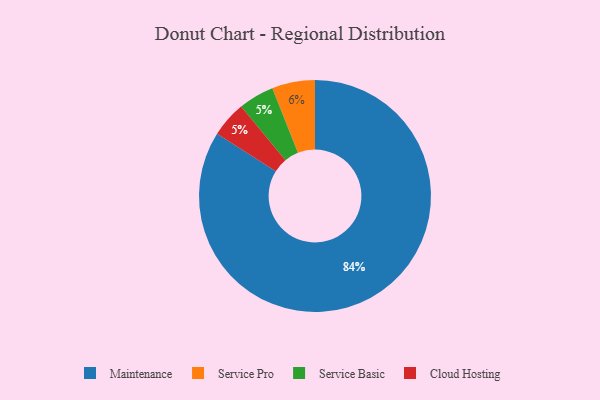
{"axis": {"x": "Category", "y": "Percentage"}, "legend": ["Cloud Hosting", "Maintenance", "Service Basic", "Service Pro"], "data": [{"x": "Maintenance", "y": 84, "type": "Maintenance"}, {"x": "Service Basic", "y": 5, "type": "Service Basic"}, {"x": "Cloud Hosting", "y": 5, "type": "Cloud Hosting"}, {"x": "Service Pro", "y": 6, "type": "Service Pro"}]}